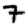
Digit: 7